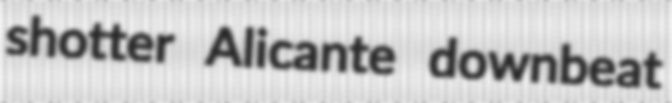
shotter Alicante downbeat